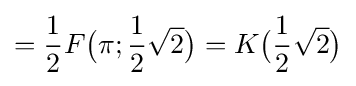
={\frac {1}{2}}F{\bigl (}\pi ;{\frac {1}{2}}{\sqrt {2}}{\bigr )}=K{\bigl (}{\frac {1}{2}}{\sqrt {2}}{\bigr )}